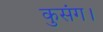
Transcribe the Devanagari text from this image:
कुसंग।